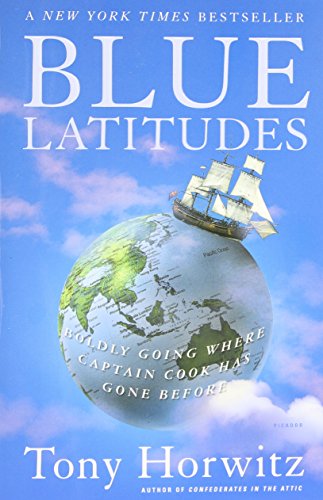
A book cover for Blue Latitudes: Boldly Going Where Captain Cook Has Gone Before; Tony Horwitz; Biographies & Memoirs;